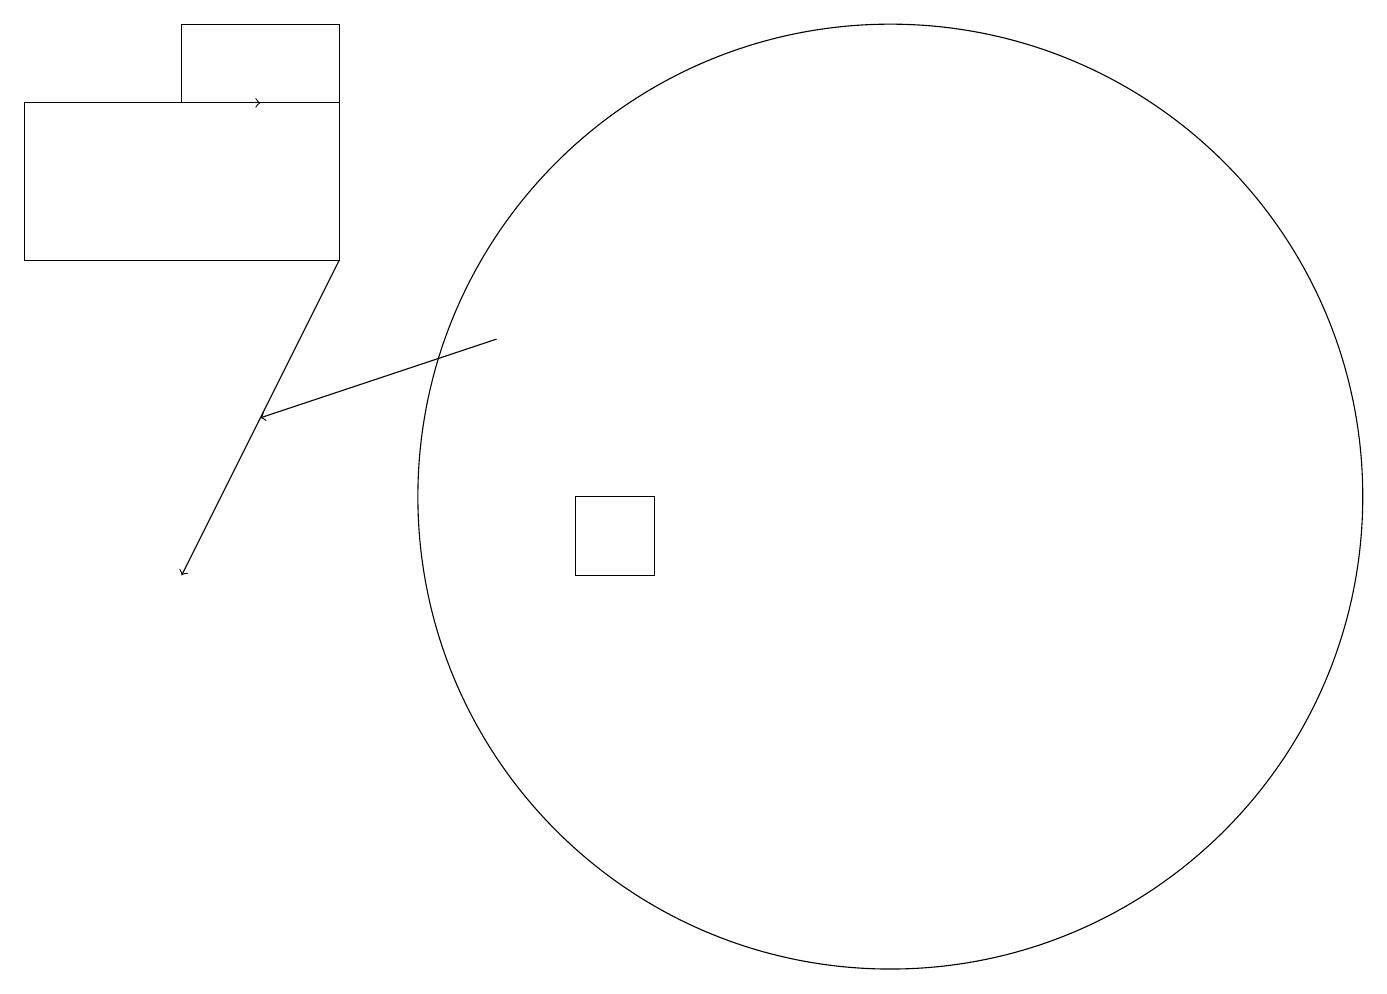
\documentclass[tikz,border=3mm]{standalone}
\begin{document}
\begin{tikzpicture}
\draw[->] (6,14) -- (3,13);
\draw (11,12) circle (6);
\draw (4,17) rectangle (0,15);
\draw (4,18) rectangle (2,17);
\draw[->] (4,15) -- (2,11);
\draw[->] (1,17) -- (3,17);
\draw (7,12) rectangle (8,11);
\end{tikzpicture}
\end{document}